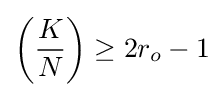
\left({\dfrac {K}{N}}\right)\geq 2r_{o}-1